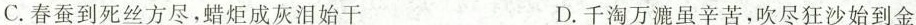
C. 春蚕到死丝方尽，蜡炬成灰泪始干 D. 千淘万漉虽辛苦，吹尽狂沙始到金